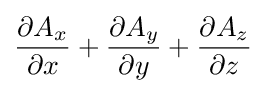
{\partial A_{x} \over \partial x}+{\partial A_{y} \over \partial y}+{\partial A_{z} \over \partial z}